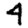
Digit: 4